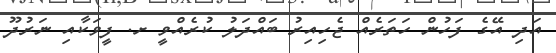
އަދި އޭގެ ފަހުން ހަތަރެއް ޖެހިއިރު ބައްދަލު ކުރެއްވީ ށ. ފީވަކާއި ނަރުދޫ